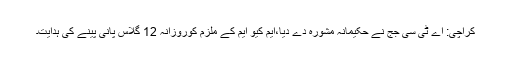
کراچی: اے ٹی سی جج نے حکیمانہ مشورہ دے دیا،ایم کیو ایم کے ملزم کوروزانہ 12 گلاس پانی پینے کی ہدایت۔